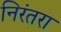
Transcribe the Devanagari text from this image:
निरंतरा